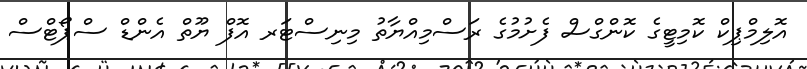
އޮލިމްޕިކް ކޮމިޓީގެ ކޮންގްސް ފެށުމުގެ ރަސްމިއްޔާތު މިނިސްޓަރ އޮފް ޔޫތް އެންޑް ސްޕޯޓްސް